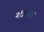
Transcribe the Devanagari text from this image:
२७२४४